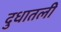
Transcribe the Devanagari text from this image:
दुधातली